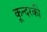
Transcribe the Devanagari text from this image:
कून्दरकी